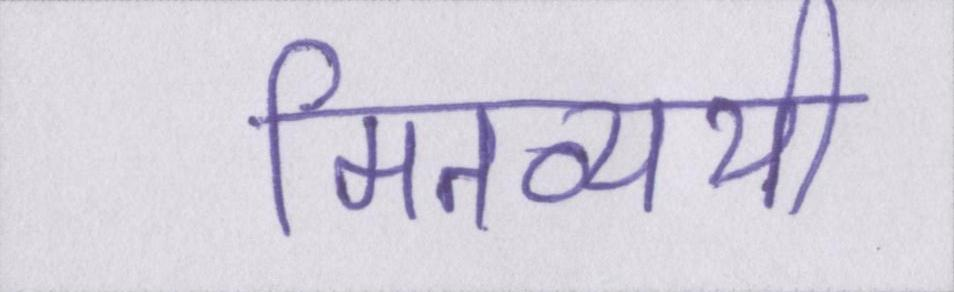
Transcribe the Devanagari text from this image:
मितव्ययी